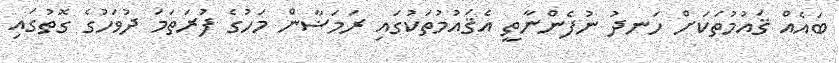
ބައެއް ޤައުމުތަކަށް ހަނދު ނުފެންނާތީ އެޤައުމުތަކުގައި ރަމަޟާން މަހުގެ ފުރަތަމަ ދުވަހުގެ ގޮތުގައި